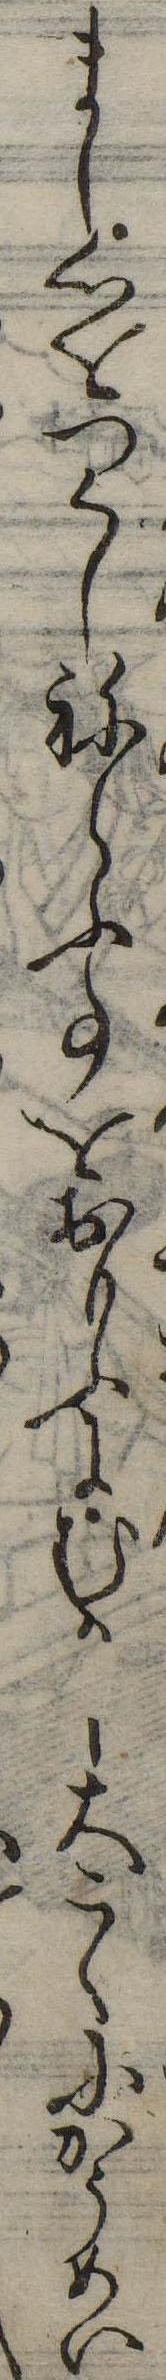
まし心をつくしねらふ事をおもふにむかし大こくにかうめい